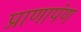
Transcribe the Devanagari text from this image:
प्राणापंण